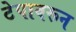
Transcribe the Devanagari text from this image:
टेपावरून